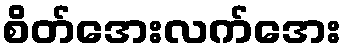
စိတ်အေးလက်အေး